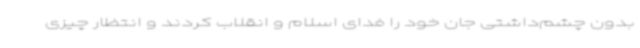
بدون چشم‌داشتی جان خود را فدای اسلام و انقلاب کردند و انتظار چیزی